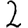
Digit: 2